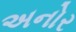
અનોર